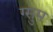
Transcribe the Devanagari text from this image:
ग्सुम